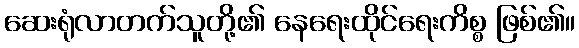
ဆေးရုံလာတက်သူတို့၏ နေရေးထိုင်ရေးကိစ္စ ဖြစ်၏။